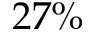
2 7 \%